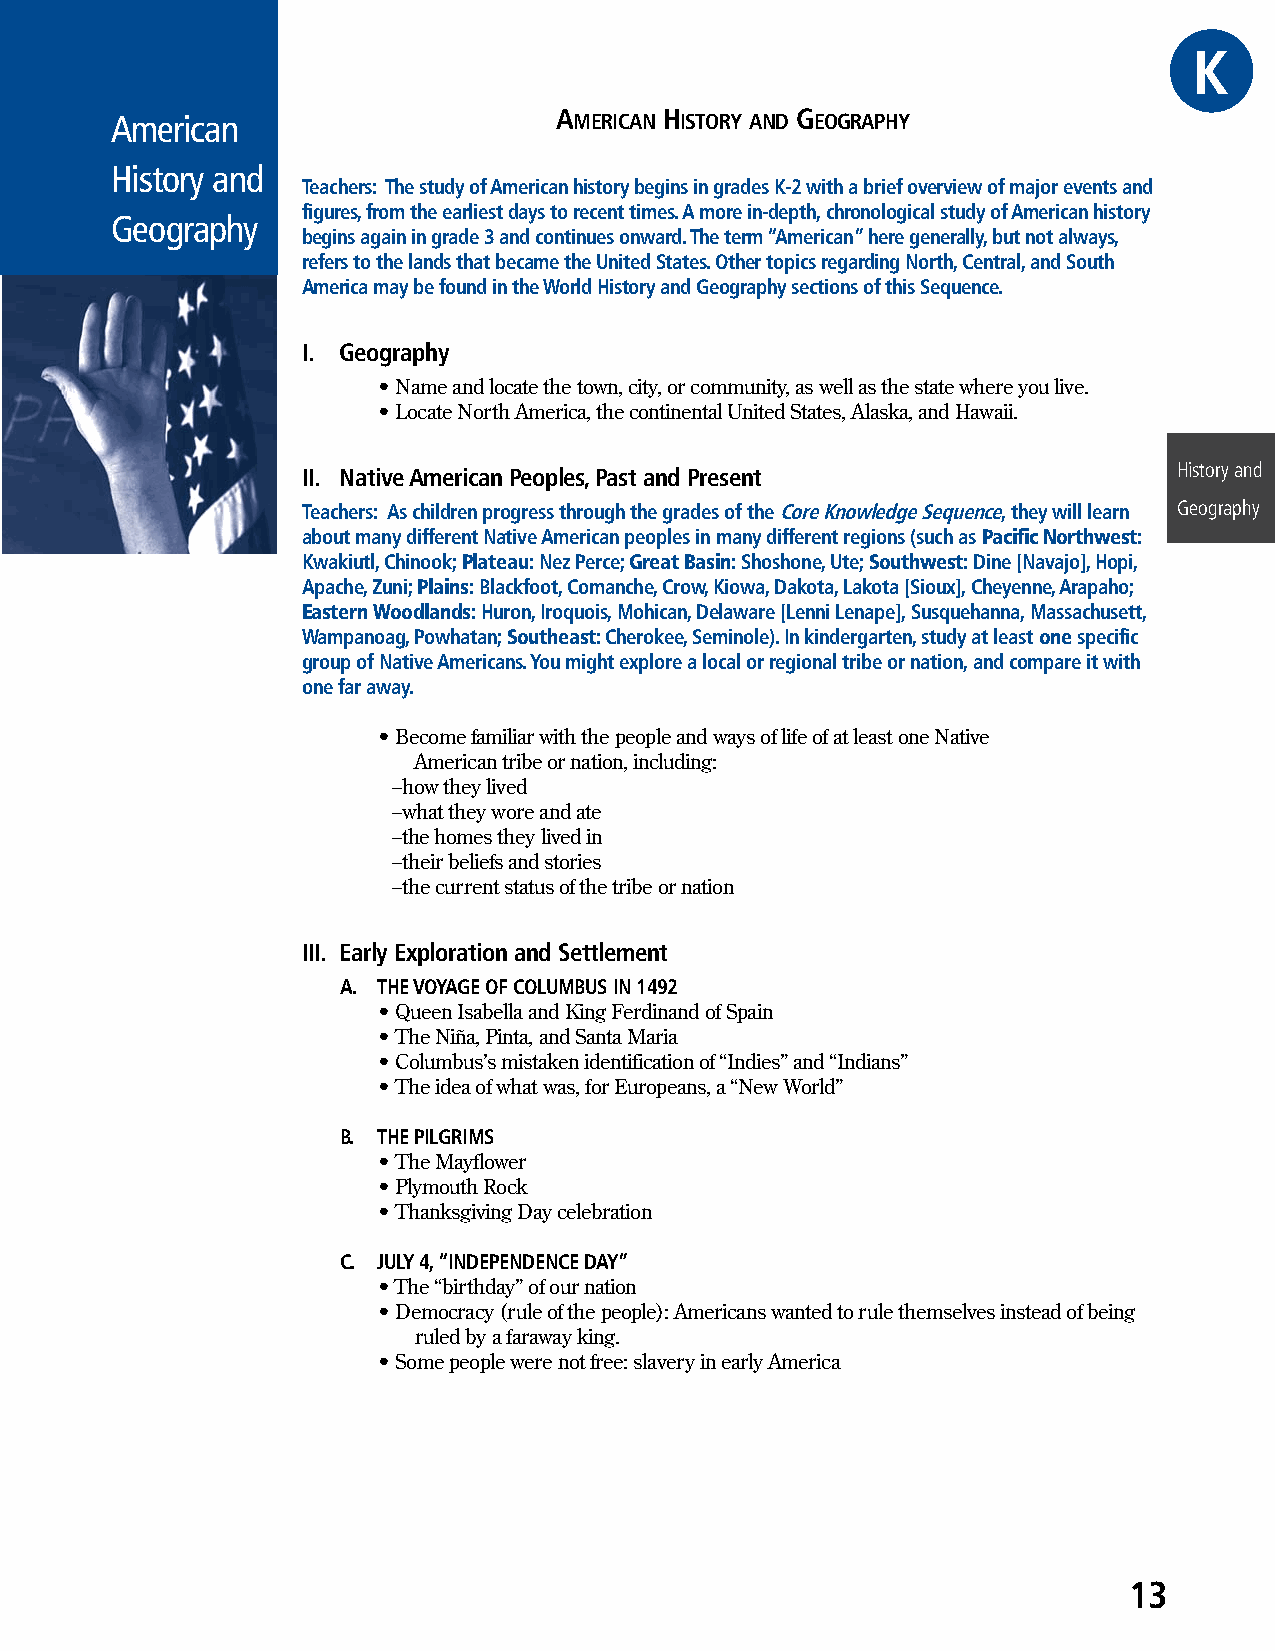
GKRAE
 American                      AMERICAN HISTORY AND GEOGRAPHY
 History and
 Teachers: The study of American history begins in grades K-2 with a brief overview of major events and
 figures, from the earliest days to recent times. A more in-depth, chronological study of American history
 Geography
 begins again in grade 3 and continues onward. The term “American” here generally, but not always,
 refers to the lands that became the United States. Other topics regarding North, Central, and South
 America may be found in the World History and Geography sections of this Sequence.
 I. Geography
 • Name and locate the town, city, or community, as well as the state where you live.
 • Locate North America, the continental United States, Alaska, and Hawaii.
 II. Native American Peoples, Past and Present             History and
 Teachers: As children progress through the grades of the Core Knowledge Sequence, they will learn Geography
 about many different Native American peoples in many different regions (such as Pacific Northwest:
 Kwakiutl, Chinook; Plateau: Nez Perce; Great Basin: Shoshone, Ute; Southwest: Dine [Navajo], Hopi,
 Apache, Zuni; Plains: Blackfoot, Comanche, Crow, Kiowa, Dakota, Lakota [Sioux], Cheyenne, Arapaho;
 Eastern Woodlands: Huron, Iroquois, Mohican, Delaware [Lenni Lenape], Susquehanna, Massachusett,
 Wampanoag, Powhatan; Southeast: Cherokee, Seminole). In kindergarten, study at least one specific
 group of Native Americans. You might explore a local or regional tribe or nation, and compare it with
 one far away.
 • Become familiar with the people and ways of life of at least one Native
 American tribe or nation, including:
 –how they lived
 –what they wore and ate
 –the homes they lived in
 –their beliefs and stories
 –the current status of the tribe or nation
 III. Early Exploration and Settlement
 A. THE VOYAGE OF COLUMBUS IN 1492
 • Queen Isabella and King Ferdinand of Spain
 • The Niña, Pinta, and Santa Maria
 • Columbus’s mistaken identification of “Indies” and “Indians”
 • The idea of what was, for Europeans, a “New World”
 B. THE PILGRIMS
 • The Mayflower
 • Plymouth Rock
 • Thanksgiving Day celebration
 C. JULY 4, “INDEPENDENCE DAY”
 • The “birthday” of our nation
 • Democracy (rule of the people): Americans wanted to rule themselves instead of being
 ruled by a faraway king.
 • Some people were not free: slavery in early America
 13